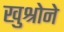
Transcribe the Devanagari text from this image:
खुश्रोने